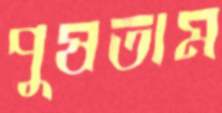
পুষতাম